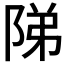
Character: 𨹥